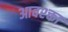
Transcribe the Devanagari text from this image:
आवश्क्ता